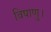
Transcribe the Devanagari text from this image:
विषाणु।